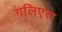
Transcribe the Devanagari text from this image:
गलिएरा